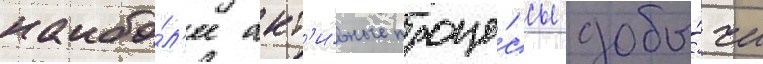
наибо́л'ее акт'и́вные проце́ссы добы́чи